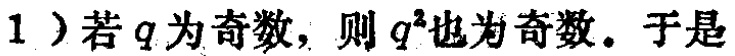
1）若\(q\)为奇数，则\(q^{2}\)也为奇数. 于是